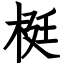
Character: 梃